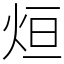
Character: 烜